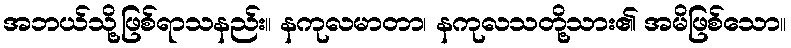
အဘယ်သို့ဖြစ်ရာသနည်း။ နကုလမာတာ၊ နကုလသတို့သား၏ အမိဖြစ်သော။